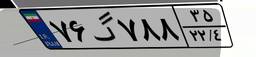
۷۶گ۷۸۸۳۵